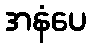
အနံပေ